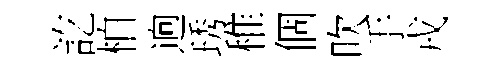
訖柏逈琇稚個吹手戎